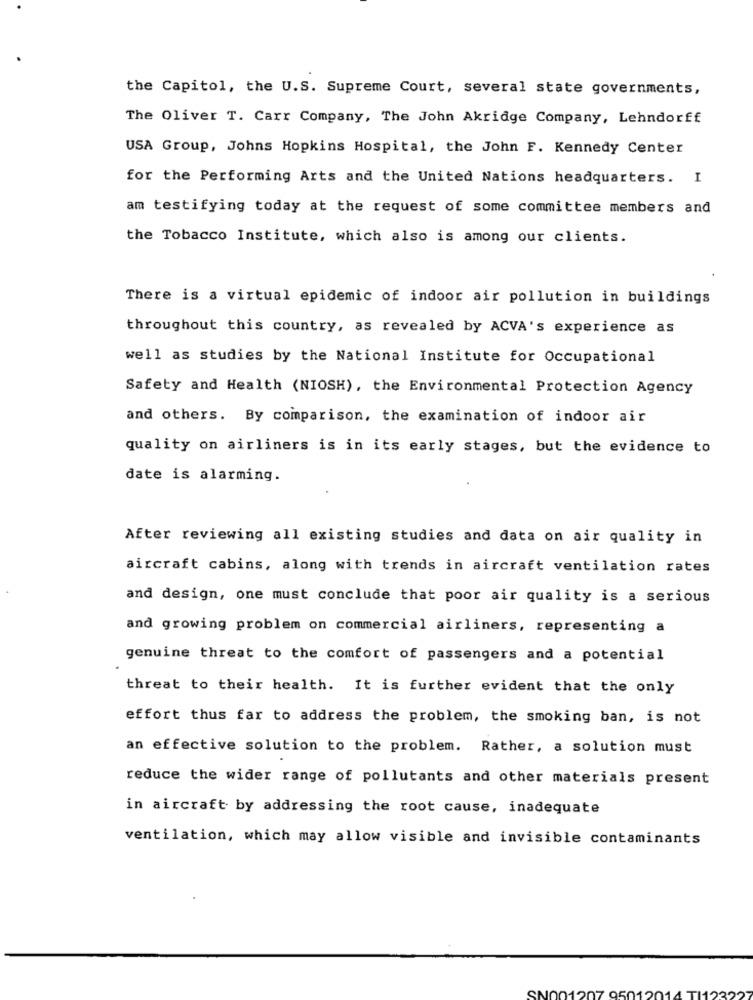
the Capitol, the U.S. Supreme Court, several state governments,
The Oliver T. Carr Company, The John Akridge Company, Lehndorff
USA Group, Johns Hopkins Hospital, the John F. Kennedy Center
for the Performing Arts and the United Nations headquarters. I
am testifying today at the request of some committee members and
the Tobacco Institute, which also is among our clients.
There is a virtual epidemic of indoor air pollution in buildings
throughout this country, as revealed by ACVA's experience as
well as studies by the National Institute for Occupational
Safety and Health (NIOSH), the Environmental Protection Agency
and others. By comparison, the examination of indoor air
quality on airliners is in its early stages, but the evidence to
date is alarming.
After reviewing all existing studies and data on air quality in
aircraft cabins, along with trends in aircraft ventilation rates
and design, one must conclude that poor air quality is a serious
and growing problem on commercial airliners, representing a
genuine threat to the comfort of passengers and a potential
threat to their health. It is further evident that the only
effort thus far to address the problem, the smoking ban, is not
an effective solution to the problem. Rather, a solution must
reduce the wider range of pollutants and other materials present
in aircraft by addressing the root cause, inadequate
ventilation, which may allow visible and invisible contaminants
SNO